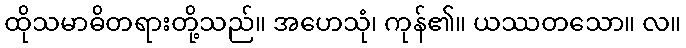
ထိုသမာဓိတရားတို့သည်။ အဟေသုံ၊ ကုန်၏။ ယဿတသော။ လ။